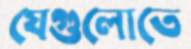
যেগুলোতে